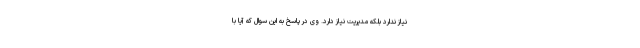
نیاز ندارد بلکه مدیریت نیاز دارد. وی در پاسخ به این سوال که آیا با